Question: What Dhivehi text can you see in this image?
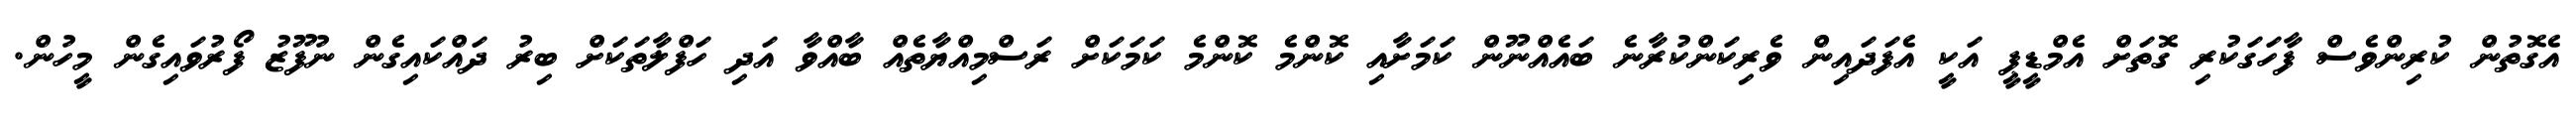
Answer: އެގޮތުން ކުރިންވެސް ފާހަގަކުރި ގޮތަށް އެމްޑީޕީ އަކީ އެފަދައިން ވެރިކަންކުރާނެ ބައެއްނޫން ކަމަށާއި ކޮންމެ ކޮންމެ ކަމަކަށް ރަސްމިއްޔާތެއް ބާއްވާ އަދި ހަފްލާތަކަށް ބިރު ދައްކައިގެން ނުފޫޒު ފޯރުވައިގެން މީހުން.